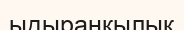
ыдыраңқылық